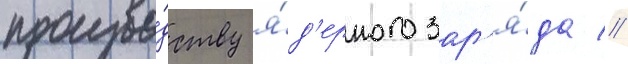
произво́дству я́д'ерного зар'я́да //